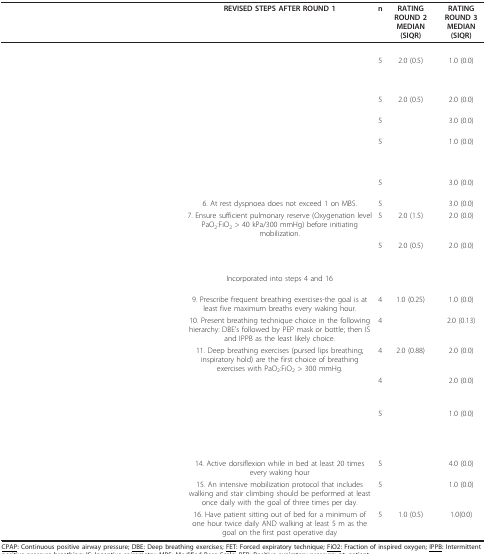
<table><thead><tr><td>[EMPTY_CELL]</td><td><b>REVISED STEPS AFTER ROUND 1</b></td><td><b>n</b></td><td><b>RATING ROUND 2 MEDIAN (SIQR)</b></td><td><b>RATING ROUND 3 MEDIAN (SIQR)</b></td></tr></thead><tbody><tr><td colspan="2">[EMPTY_CELL]</td><td>[EMPTY_CELL]</td><td>[EMPTY_CELL]</td><td>[EMPTY_CELL]</td></tr><tr><td>[EMPTY_CELL]</td><td>[EMPTY_CELL]</td><td>5</td><td>2.0 (0.5)</td><td>1.0 (0.0)</td></tr><tr><td>[EMPTY_CELL]</td><td>[EMPTY_CELL]</td><td>5</td><td>2.0 (0.5)</td><td>2.0 (0.0)</td></tr><tr><td>[EMPTY_CELL]</td><td>[EMPTY_CELL]</td><td>5</td><td>[EMPTY_CELL]</td><td>3.0 (0.0)</td></tr><tr><td>[EMPTY_CELL]</td><td>[EMPTY_CELL]</td><td>5</td><td>[EMPTY_CELL]</td><td>1.0 (0.0)</td></tr><tr><td colspan="2">[EMPTY_CELL]</td><td>[EMPTY_CELL]</td><td>[EMPTY_CELL]</td><td>[EMPTY_CELL]</td></tr><tr><td>[EMPTY_CELL]</td><td>[EMPTY_CELL]</td><td>5</td><td>[EMPTY_CELL]</td><td>3.0 (0.0)</td></tr><tr><td>[EMPTY_CELL]</td><td>6. At rest dyspnoea does not exceed 1 on MBS.</td><td>5</td><td>[EMPTY_CELL]</td><td>3.0 (0.0)</td></tr><tr><td>[EMPTY_CELL]</td><td>7. Ensure sufficient pulmonary reserve (Oxygenation level PaO<sub>2</sub>:FiO<sub>2 </sub>&gt; 40 kPa/300 mmHg) before initiating mobilization.</td><td>5</td><td>2.0 (1.5)</td><td>2.0 (0.0)</td></tr><tr><td>[EMPTY_CELL]</td><td>[EMPTY_CELL]</td><td>5</td><td>2.0 (0.5)</td><td>2.0 (0.0)</td></tr><tr><td colspan="2">[EMPTY_CELL]</td><td>[EMPTY_CELL]</td><td>[EMPTY_CELL]</td><td>[EMPTY_CELL]</td></tr><tr><td>[EMPTY_CELL]</td><td>Incorporated into steps 4 and 16</td><td>[EMPTY_CELL]</td><td>[EMPTY_CELL]</td><td>[EMPTY_CELL]</td></tr><tr><td>[EMPTY_CELL]</td><td>9. Prescribe frequent breathing exercises-the goal is at least five maximum breaths every waking hour.</td><td>4</td><td>1.0 (0.25)</td><td>1.0 (0.0)</td></tr><tr><td>[EMPTY_CELL]</td><td>10. Present breathing technique choice in the following hierarchy: DBE's followed by PEP mask or bottle; then IS and IPPB as the least likely choice.</td><td>4</td><td>[EMPTY_CELL]</td><td>2.0 (0.13)</td></tr><tr><td>[EMPTY_CELL]</td><td>11. Deep breathing exercises (pursed lips breathing; inspiratory hold) are the first choice of breathing exercises with PaO<sub>2</sub>:FiO<sub>2 </sub>&gt; 300 mmHg.</td><td>4</td><td>2.0 (0.88)</td><td>2.0 (0.0)</td></tr><tr><td>[EMPTY_CELL]</td><td>[EMPTY_CELL]</td><td>4</td><td>[EMPTY_CELL]</td><td>2.0 (0.0)</td></tr><tr><td colspan="2">[EMPTY_CELL]</td><td>[EMPTY_CELL]</td><td>[EMPTY_CELL]</td><td>[EMPTY_CELL]</td></tr><tr><td>[EMPTY_CELL]</td><td>[EMPTY_CELL]</td><td>5</td><td>[EMPTY_CELL]</td><td>1.0 (0.0)</td></tr><tr><td>[EMPTY_CELL]</td><td>[EMPTY_CELL]</td><td>[EMPTY_CELL]</td><td>[EMPTY_CELL]</td><td>[EMPTY_CELL]</td></tr><tr><td>[EMPTY_CELL]</td><td>14. Active dorsiflexion while in bed at least 20 times every waking hour</td><td>5</td><td>[EMPTY_CELL]</td><td>4.0 (0.0)</td></tr><tr><td>[EMPTY_CELL]</td><td>15. An intensive mobilization protocol that includes walking and stair climbing should be performed at least once daily with the goal of three times per day.</td><td>5</td><td>[EMPTY_CELL]</td><td>1.0 (0.0)</td></tr><tr><td>[EMPTY_CELL]</td><td>16. Have patient sitting out of bed for a minimum of one hour twice daily AND walking at least 5 m as the goal on the first post operative day</td><td>5</td><td>1.0 (0.5)</td><td>1.0(0.0)</td></tr></tbody></table>